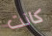
كانت